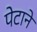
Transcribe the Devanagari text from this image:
पेटाने